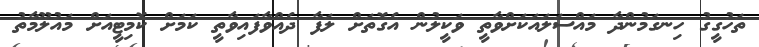
ތަހުގީގު ހިނގަމުންދާ މައްސަލައަކަށްވާތީ ވަކީލުން އެގޮތަށް ލަފާ ދެއްވާފައިވާތީ ކަމަށް ކޮމިޓީއަށް މައުލޫމާތު